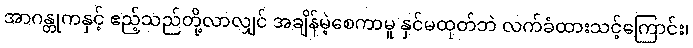
အာဂန္တုကနှင့် ဧည့်သည်တို့လာလျှင် အချိန်မဲ့စေကာမူ နှင်မထုတ်ဘဲ လက်ခံထားသင့်ကြောင်း၊